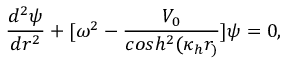
\frac { d ^ { 2 } \psi } { d r ^ { 2 } } + [ \omega ^ { 2 } - \frac { V _ { 0 } } { c o s h ^ { 2 } ( \kappa _ { h } r _ { ) } } ] \psi = 0 ,